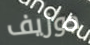
جوزيف